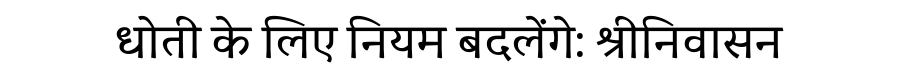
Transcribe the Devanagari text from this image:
धोती के लिए नियम बदलेंगे: श्रीनिवासन